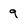
Character: 9